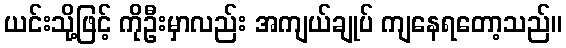
ယင်းသို့ဖြင့် ကိုဦးမှာလည်း အကျယ်ချုပ် ကျနေရတော့သည်။